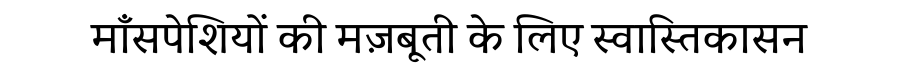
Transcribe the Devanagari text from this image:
माँसपेशियों की मज़बूती के लिए स्वास्तिकासन